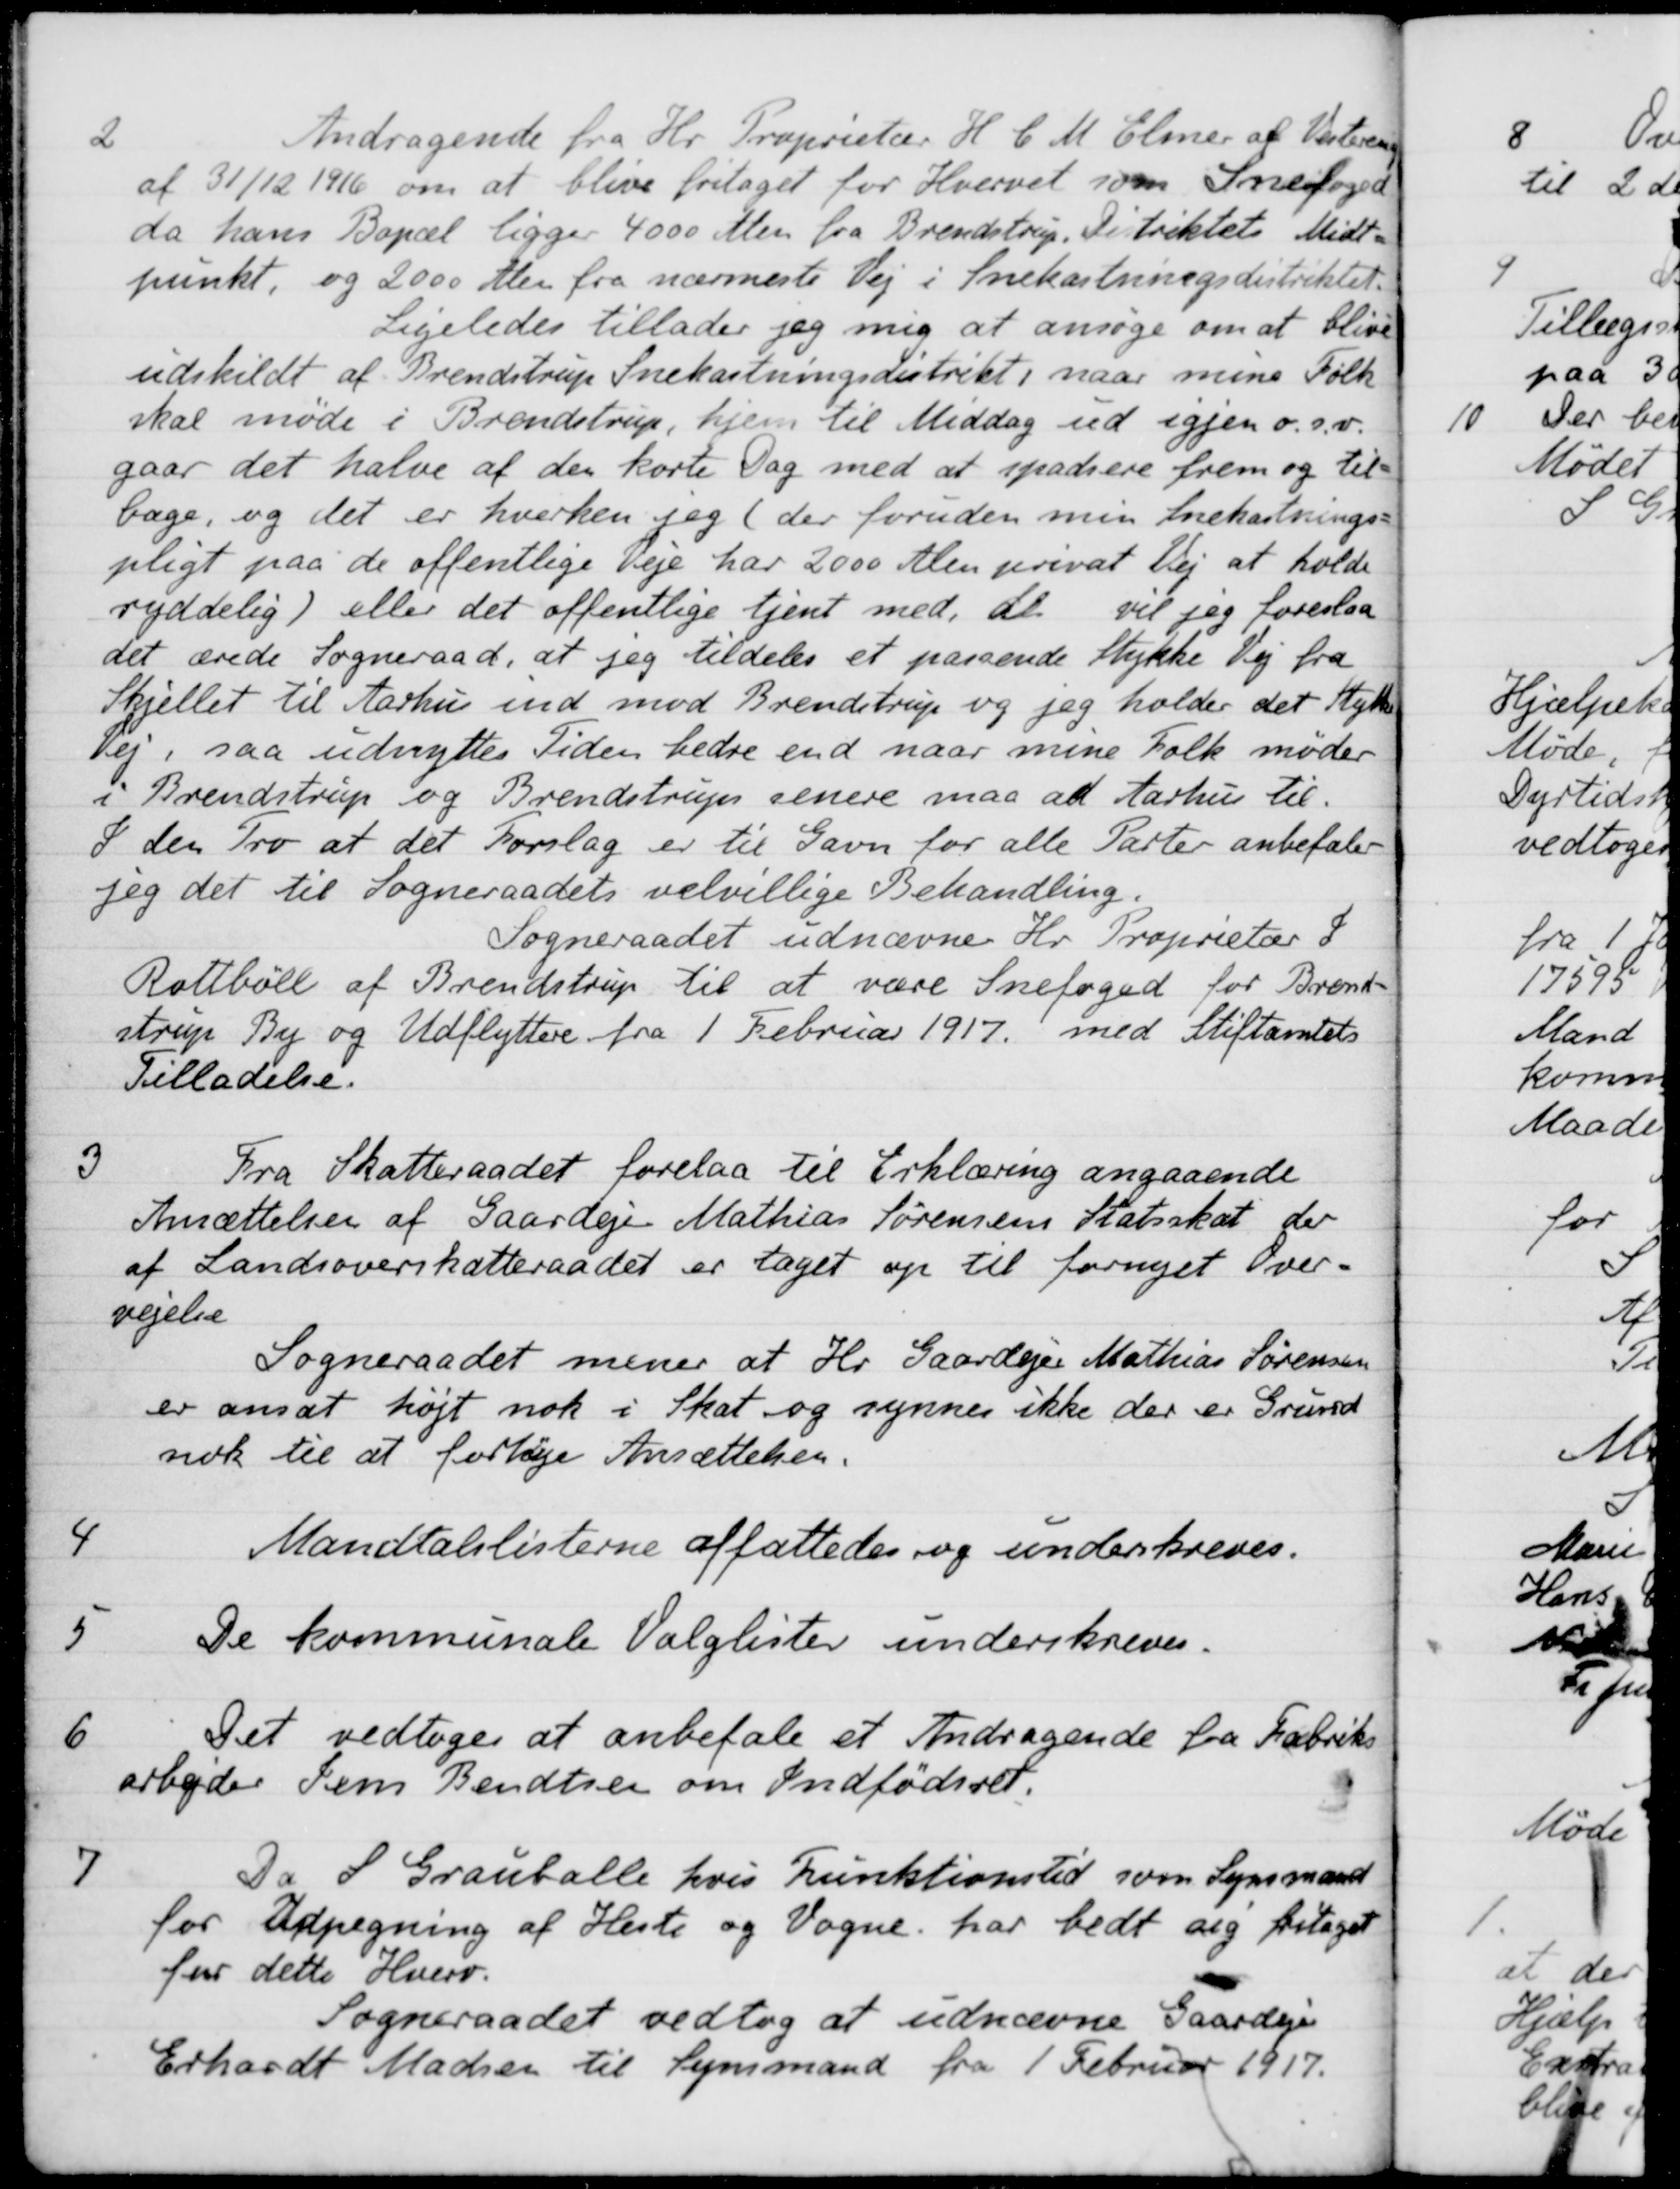
Transskription:
2
Andragende fra Hr. Proprietær H. C. M. Elmer af Vestereng
af 31/12 1916 om at blive fritaget for Hvervet som Snefoged
da hans Bopæl ligger 4000 Alen fra Brendstrup Distriktets Midt-
punkt, og 2000 Alen fra nærmeste Vej i Snekastningsdistriktet
Ligeledes tillader jeg mig at ansøge om at blive
udskildt af Brendstrup Snekastningsdistrikt i naar mine Folk
skal møde i Brendstrup, hjem til Middag ud igjen o.s.v.
gaar det halve af den korte Dag med at spadsere frem og til-
bage, og det er hverken jeg (der foruden min snekastnings-
pligt paa de offentlige Veje har 2000 Alen privat Vej at holde
ryddelig) eller det offentlige tjent med, da vil jeg foreslaa
det ærede Sogneraad, at jeg tildeles et passende Stykke Vej fra
Skjellet til Aarhus ind mod Brendstrup og jeg holder det Stykke
Vej, saa udnyttes Tiden bedre end naar mine Folk møder
i Brendstrup og Brendstruper senere maa ad Aarhus til.
I den Tro at det Forslag er til Gavn for alle Parter anbefaler
jeg det til Sogneraadets velvillige Behandling.
Sogneraadet udnævne Hr. Proprietær J
Rottbøll af Brendstrup til at være Snefoged for Brend-
strup By og Udflyttere fra 1 Februar 1917 med Stiftamtets
Tilladelse.
3
Fra Skatteraadet forelaa til Erklæring angaaende
Ansættelsen af Gaardejer Mathias Sørensens Statsskat der
af Landsoverskatteraadet er taget op til fornyet Over-
vejelse
Sogneraadet mener at Hr. Gaardejer Mathias Sørensen
er ansat højt nok i Skat og synnes ikke der er Grund
nok til at forhøje Ansættelsen.
4
Mandtalslisterne affattedes og underskreves.
5
De kommunale Valglister underskreves.
6
Det vedtoges at anbefale et Andragende fra Fabriks-
arbejder Jens Bendtsen om Indfødsret.
7
Da S Grauballe hvis Funktionstid som Synsmand
for Udpegning af Heste og Vogne har bedt sig fritaget
for dette Hverv.
Sogneraadet vedtog at udnævne Gaardejer
Erhardt Madsen til Synsmand fra 1 Februar 1917.